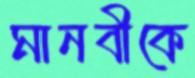
মানবীকে